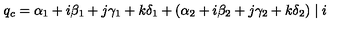
q _ { c } = \alpha _ { 1 } + i \beta _ { 1 } + j \gamma _ { 1 } + k \delta _ { 1 } + ( \alpha _ { 2 } + i \beta _ { 2 } + j \gamma _ { 2 } + k \delta _ { 2 } ) \mid i